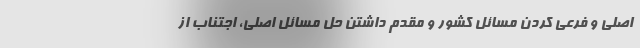
اصلی و فرعی کردن مسائل کشور و مقدم داشتن حل مسائل اصلی، اجتناب از